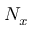
N _ { x }